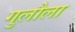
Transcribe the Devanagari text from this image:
गुलौला